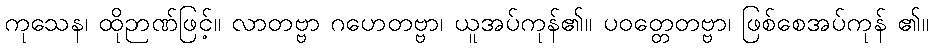
ကုသေန၊ ထိုဉာဏ်ဖြင့်။ လာတဗ္ဗာ ဂဟေတဗ္ဗာ၊ ယူအပ်ကုန်၏။ ပဝတ္တေတဗ္ဗာ၊ ဖြစ်စေအပ်ကုန် ၏။